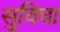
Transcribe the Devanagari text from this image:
सुविघा